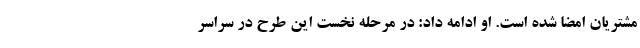
مشتریان امضا شده است. او ادامه داد: در مرحله نخست این طرح در سراسر